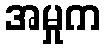
အမှုက